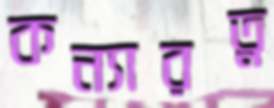
কন্যারত্ন